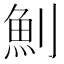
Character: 魝